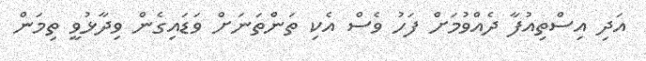
އަދި އިސްތިއުފާ ދެއްވުމަށް ފަހު ވެސް އެކި ތަންތަނަށް ވަޑައިގެން ވިދާޅުވީ ތިމަން